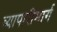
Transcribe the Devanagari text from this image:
व्यापारीमार्ग